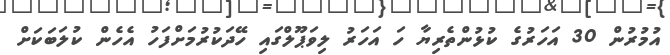
އުމުރުން 30 އަހަރުގެ ކުޅުންތެރިޔާ ހަ އަހަރު ލިވަޕޫލްގައި ހޭދަކުރުމަށްފަހު އެހެން ކުލަބަކަށް